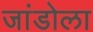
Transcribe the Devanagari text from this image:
जांडोला